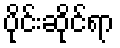
ပိုင်းဆိုင်ရာ